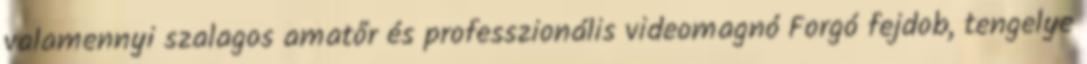
valamennyi szalagos amatőr és professzionális videomagnó Forgó fejdob, tengelye